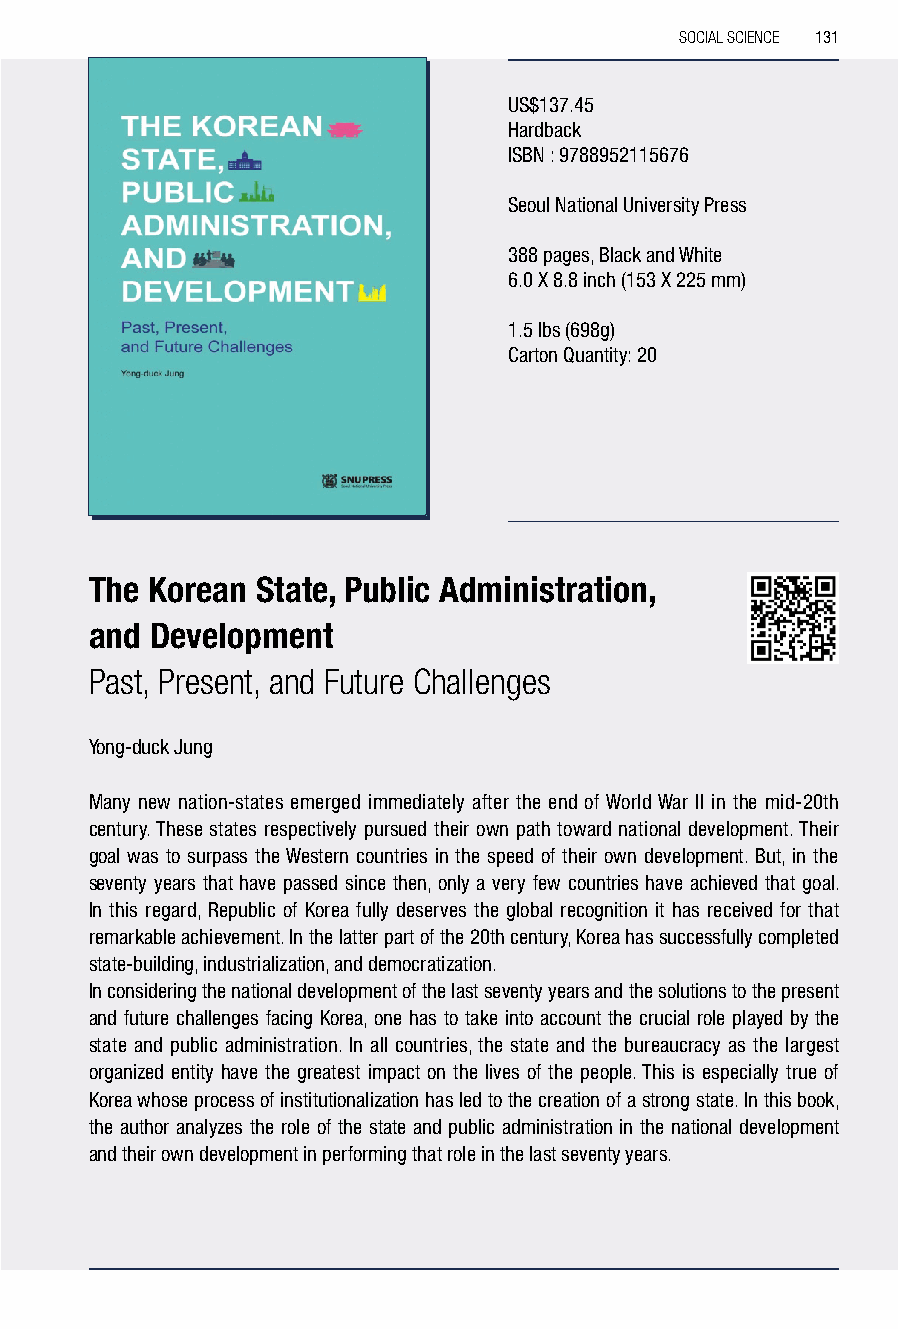
SOCIAL SCIENCE 131
 US$137.45
 Hardback
 ISBN : 9788952115676
 Seoul National University Press
 388 pages, Black and White
 6.0 X 8.8 inch (153 X 225 mm)
 1.5 lbs (698g)
 Carton Quantity: 20
 The Korean State, Public Administration,
 and Development
 Past, Present, and Future Challenges
 Yong-duck Jung
 Many new nation-states emerged immediately after the end of World War II in the mid-20th
 century. These states respectively pursued their own path toward national development. Their
 goal was to surpass the Western countries in the speed of their own development. But, in the
 seventy years that have passed since then, only a very few countries have achieved that goal.
 In this regard, Republic of Korea fully deserves the global recognition it has received for that
 remarkable achievement. In the latter part of the 20th century, Korea has successfully completed
 state-building, industrialization, and democratization.
 In considering the national development of the last seventy years and the solutions to the present
 and future challenges facing Korea, one has to take into account the crucial role played by the
 state and public administration. In all countries, the state and the bureaucracy as the largest
 organized entity have the greatest impact on the lives of the people. This is especially true of
 Korea whose process of institutionalization has led to the creation of a strong state. In this book,
 the author analyzes the role of the state and public administration in the national development
 and their own development in performing that role in the last seventy years.